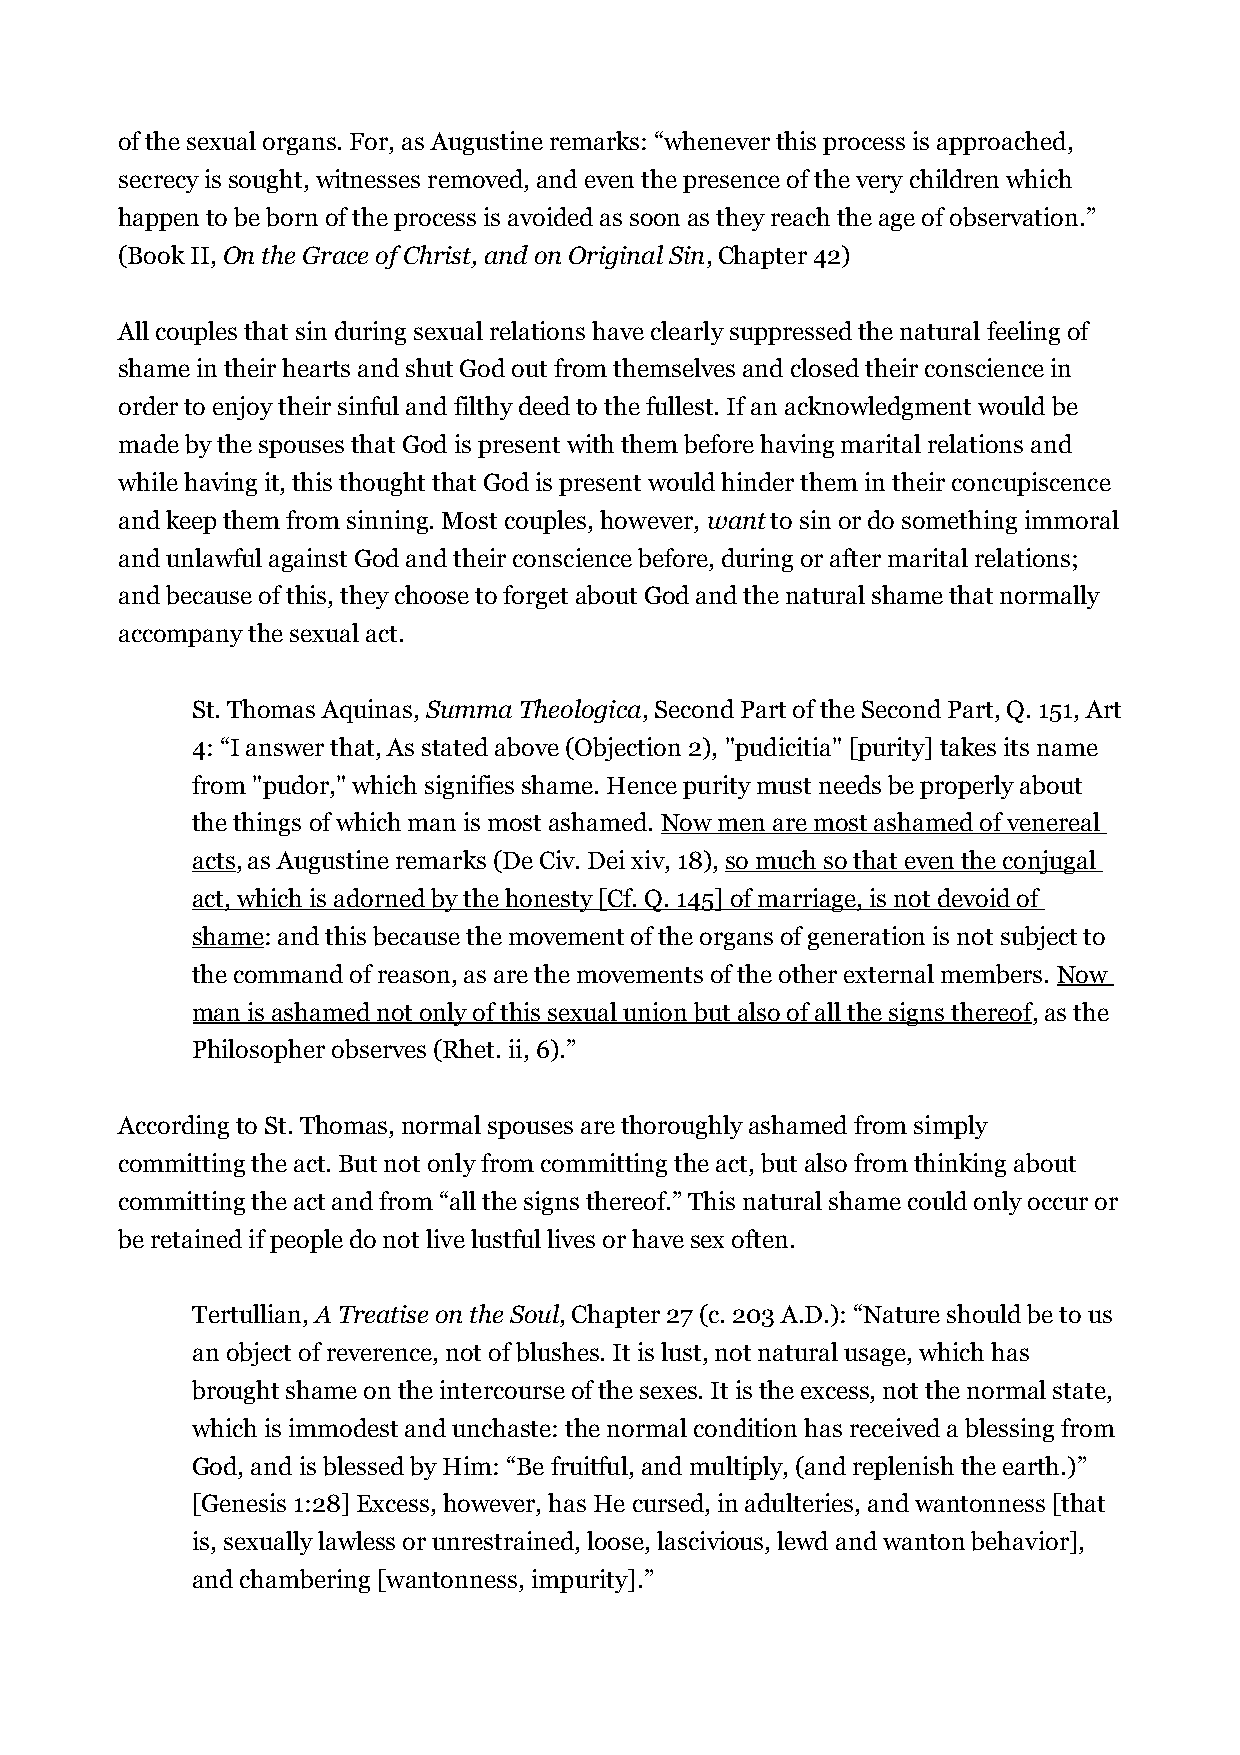
of the sexual organs. For, as Augustine remarks: “whenever this process is approached,
 secrecy is sought, witnesses removed, and even the presence of the very children which
 happen to be born of the process is avoided as soon as they reach the age of observation.”
 (Book II, On the Grace of Christ, and on Original Sin, Chapter 42)
 All couples that sin during sexual relations have clearly suppressed the natural feeling of
 shame in their hearts and shut God out from themselves and closed their conscience in
 order to enjoy their sinful and filthy deed to the fullest. If an acknowledgment would be
 made by the spouses that God is present with them before having marital relations and
 while having it, this thought that God is present would hinder them in their concupiscence
 and keep them from sinning. Most couples, however, want to sin or do something immoral
 and unlawful against God and their conscience before, during or after marital relations;
 and because of this, they choose to forget about God and the natural shame that normally
 accompany the sexual act.
 St. Thomas Aquinas, Summa Theologica, Second Part of the Second Part, Q. 151, Art
 4: “I answer that, As stated above (Objection 2), "pudicitia" [purity] takes its name
 from "pudor," which signifies shame. Hence purity must needs be properly about
 the things of which man is most ashamed. Now men are most ashamed of venereal
 acts, as Augustine remarks (De Civ. Dei xiv, 18), so much so that even the conjugal
 act, which is adorned by the honesty [Cf. Q. 145] of marriage, is not devoid of
 shame: and this because the movement of the organs of generation is not subject to
 the command of reason, as are the movements of the other external members. Now
 man is ashamed not only of this sexual union but also of all the signs thereof, as the
 Philosopher observes (Rhet. ii, 6).”
 According to St. Thomas, normal spouses are thoroughly ashamed from simply
 committing the act. But not only from committing the act, but also from thinking about
 committing the act and from “all the signs thereof.” This natural shame could only occur or
 be retained if people do not live lustful lives or have sex often.
 Tertullian, A Treatise on the Soul, Chapter 27 (c. 203 A.D.): “Nature should be to us
 an object of reverence, not of blushes. It is lust, not natural usage, which has
 brought shame on the intercourse of the sexes. It is the excess, not the normal state,
 which is immodest and unchaste: the normal condition has received a blessing from
 God, and is blessed by Him: “Be fruitful, and multiply, (and replenish the earth.)”
 [Genesis 1:28] Excess, however, has He cursed, in adulteries, and wantonness [that
 is, sexually lawless or unrestrained, loose, lascivious, lewd and wanton behavior],
 and chambering [wantonness, impurity].”